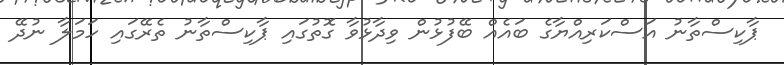
ޕާކިސްތާނު އަސްކަރިއްޔާގެ ބައެއް ބޭފުޅުން ވިދާޅުވާ ގޮތުގައި ޕާކިސްތާނު ތެރޭގައި ހަމަލާ ނުދޭ